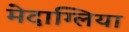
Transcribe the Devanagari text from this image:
मेदाग्लिया